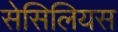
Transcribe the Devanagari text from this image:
सेसिलियस